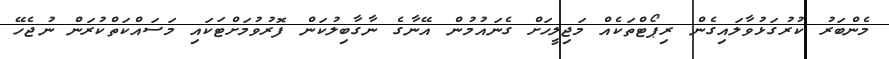
މެންބަރު ކުރުގަޅުވާލައިގެން ރިޕޯޓްތަކެއް މަޖިލީހަށް ގެނައުމުން އޭނާގެ ނާގާބިލުކަން ފޮރުވުމަށްޓަކައި މަސައްކަތްކުރަން ނުޖެހޭ